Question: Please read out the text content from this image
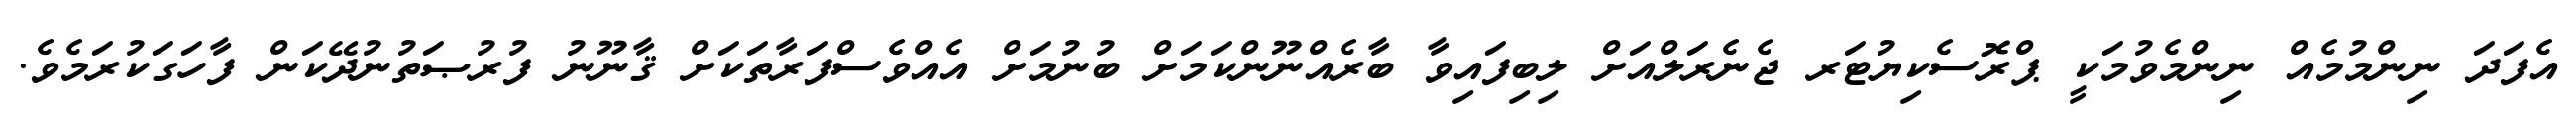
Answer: އެފަދަ ނިންމުމެއް ނިންމެވުމަކީ ޕްރޮސެކިޔުޓަރ ޖެނެރަލްއަށް ލިބިފައިވާ ބާރެއްނޫންކަމަށް ބުނުމަށް އެއްވެސްފަރާތަކަށް ޤާނޫނު ފުރުޞަތުނުދޭކަން ފާހަގަކުރަމެވެ.